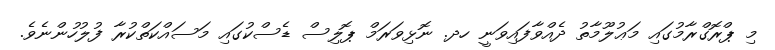
މި ޕްރޮގްރާމުގައި މަޢުލޫމާތު ދެއްވާފައިވަނީ ހދ. ނޮޅިވަރަމް ޕޮލިސް ޑެސްކުގައި މަސައްކަތްކުރާ ފުލުހުންނެވެ.